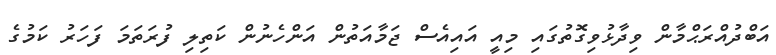
އަބްދުއްރަޙްމާން ވިދާޅުވިގޮތުގައި މިއީ އައިއެސް ޖަމާއަތުން އަންހެނުން ކަތިލި ފުރަތަމަ ފަހަރު ކަމުގެ